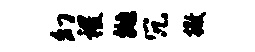
幻稷抛冗撒